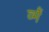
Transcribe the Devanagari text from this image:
व्मैं